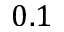
0 . 1